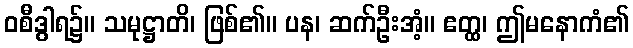
ဝစီဒွါရ၌။ သမုဋ္ဌာတိ၊ ဖြစ်၏။ ပန၊ ဆက်ဦးအံ့။ ဧတ္ထ၊ ဤမနောကံ၏